Annual report on the working of the mental hospitals in the Madras Presidency - 1912-1932
Year: 1912
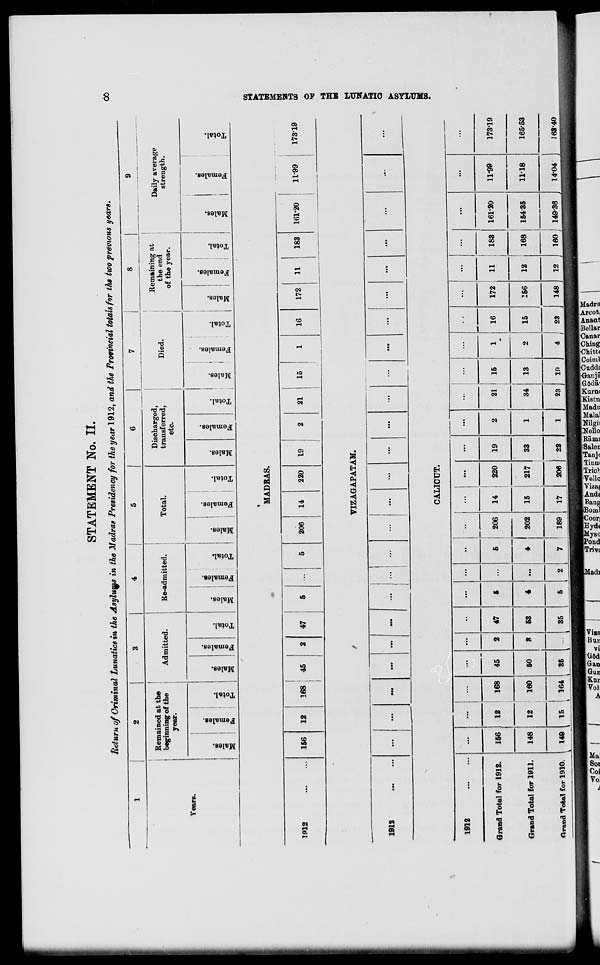
STATEMENT No. II.
Return of Criminal Lunatics in the Asylums in the Madras Presidency for the year 1912, and the Provincial totals for the two previous years.
1
2
3
4
5
6
7
|
8
9
Remained at the
beginning of the
year.
Admitted.
Re-admitted.
Total.
Discharged,
transferred,
etc.
Died.
Remaining at
the end
of the year.
Daily average
strength.
Years.
Males.
Females.
Total.
Males.
CO
09
*3
S
o
fa
"3 ■6
C
E-i
Males.
Females.
Total.
Males.
Females.
Total.
DO
■3
m
o
"3
S
9
fa
Total.
Males.
Females. .
Total.
Males.
Females.
Total.
Males.
Females.
Total.
bo
1P12
MADRAS.
156
12
168
45
47
206
14
220
19
21
15
16
172
11
183
161-20
11'99
VIZAGAPATAM.
173-19
1912
...
...
...
...
...
...
...
...
...
...
...
...
...
...
...
...
...
...
...
...
...
...
GO
I
a
H
QD
O
*d
1-3
w
w
fe K
CD
CALICUT.
I
iyj z
«••
•••
...
...
...
45
...
••
...
...
••
...
...
...
...
...
1
...
...
...
...
Grand Total for 1912.
156
12
168
2
47
6
...
6
206
14
220
19
2
21
15
1
16
172
11
183 161-20
11-99
173-19
Grand Total for 1911.
148
12
160
50
3
53
4
...
4
202
15
217
33
1
1
34
13
2
15
156
12
168 154-35
11-18
165-53
ttrand Total for 1910.
149
15
i
164
i
35
>
35
5
2
7
189
17
206
22
23
10
4 j 23
148
12
160 149-36
14-04
163-40
0.2.2 P
:>2.85S£:igg"
►3 5* 5 W Q 6) at) b- <
£3